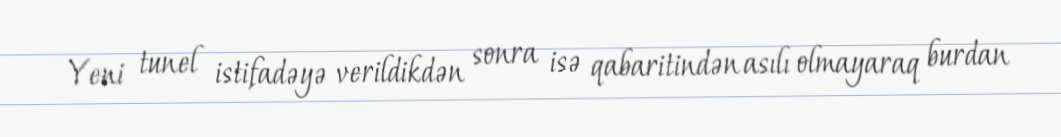
Yeni tunel istifadəyə verildikdən sonra isə qabaritindən asılı olmayaraq burdan